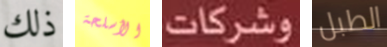
ذلك الأسلحة وشركات الطبل